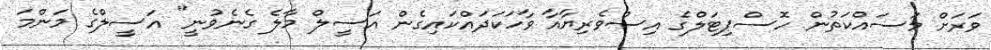
ވަރަށް މަސައްކަތުން ހޮސްޕިޓަލްގެ އިސްވެރިޔާއާ ވާހަކަދައްކައިގެން އަސީލް މާލެ ގެނެވުނީ" އަސީލްގެ މަންމަ